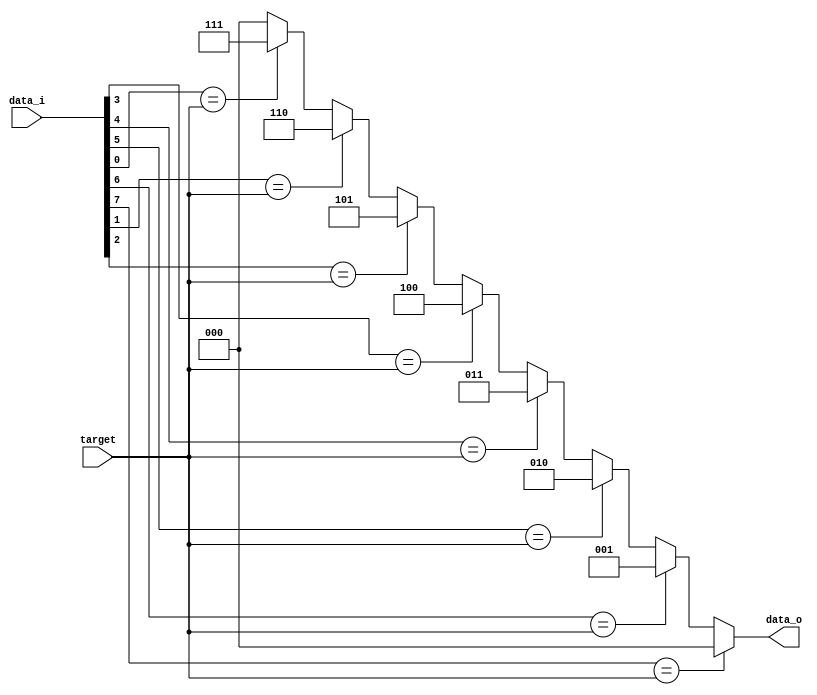
/*
 * Copyright (c) 2023-2024 C*Core Technology Co.,Ltd,Suzhou.
 * Ventus-RTL is licensed under Mulan PSL v2.
 * You can use this software according to the terms and conditions of the Mulan PSL v2.
 * You may obtain a copy of Mulan PSL v2 at:
 *          http://license.coscl.org.cn/MulanPSL2
 * THIS SOFTWARE IS PROVIDED ON AN "AS IS" BASIS, WITHOUT WARRANTIES OF ANY KIND,
 * EITHER EXPRESS OR IMPLIED, INCLUDING BUT NOT LIMITED TO NON-INFRINGEMENT,
 * MERCHANTABILITY OR FIT FOR A PARTICULAR PURPOSE.
 * See the Mulan PSL v2 for more details. */
// Description:find first one or zero,MSB->LSB

`timescale 1ns/1ns

module find_first #(
  parameter DATA_WIDTH = 8,
  parameter DATA_DEPTH = 3
  )
  (
  input  [DATA_WIDTH-1:0] data_i,
  input                   target,//fine one or zero
  output [DATA_DEPTH-1:0] data_o    
  );

  wire [DATA_DEPTH-1:0] data_range [0:DATA_WIDTH];

  assign data_range[0] = 'h0;

  genvar i;
  generate for(i=0;i<DATA_WIDTH;i=i+1) begin:B1
    assign data_range[i+1] = (data_i[i] == target) ? DATA_WIDTH-1-i : data_range[i];
  end 
  endgenerate

  assign data_o = data_range[DATA_WIDTH];

endmodule